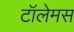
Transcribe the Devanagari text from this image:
टॉलेमस